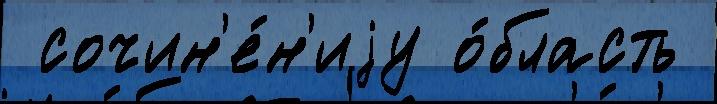
 сочин'е́н'иjу о́бласть